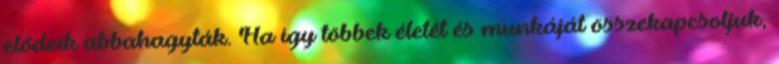
elődeik abbahagyták. Ha így többek életét és munkáját összekapcsoljuk,